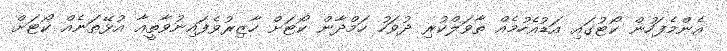
އެންމެފަހުން ކޯޓުގައި އަޑުއެހުމެއް ތާވަލްކުރި ދުވަހު ހަމްދާން ކޯޓަށް ހާޒިރުވެފައިނުވާތީއާ އުޅޭތަނެއް ކޯޓަށް